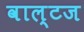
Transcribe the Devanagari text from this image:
वाल्टज